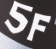
5F